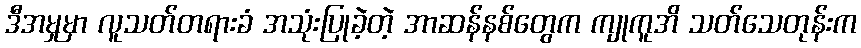
ဒီအမှုမှာ လူသတ်တရားခံ အသုံးပြုခဲ့တဲ့ အာဆန်နစ်တွေက ကျုကူအိ သတ်သေတုန်းက